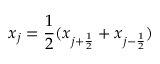
x _ { j } = \frac { 1 } { 2 } ( x _ { j + \frac { 1 } { 2 } } + x _ { j - \frac { 1 } { 2 } } )